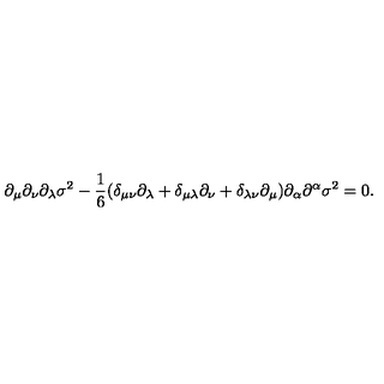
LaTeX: \partial _ { \mu } \partial _ { \nu } \partial _ { \lambda } \sigma ^ { 2 } - \frac { 1 } { 6 } ( \delta _ { \mu \nu } \partial _ { \lambda } + \delta _ { \mu \lambda } \partial _ { \nu } + \delta _ { \lambda \nu } \partial _ { \mu } ) \partial _ { \alpha } \partial ^ { \alpha } \sigma ^ { 2 } = 0 .